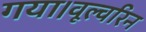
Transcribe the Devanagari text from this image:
गया।वूल्वरिन